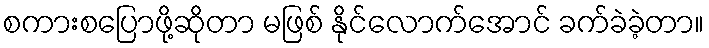
စကားစပြောဖို့ဆိုတာ မဖြစ် နိုင်လောက်အောင် ခက်ခဲခဲ့တာ။